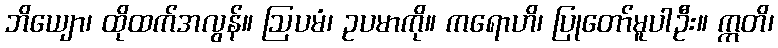
ဘိယျော၊ ထိုထက်အလွန်။ ဩပမံ၊ ဥပမာကို။ ကရောဟိ၊ ပြုတော်မူပါဦး။ ဣတိ၊